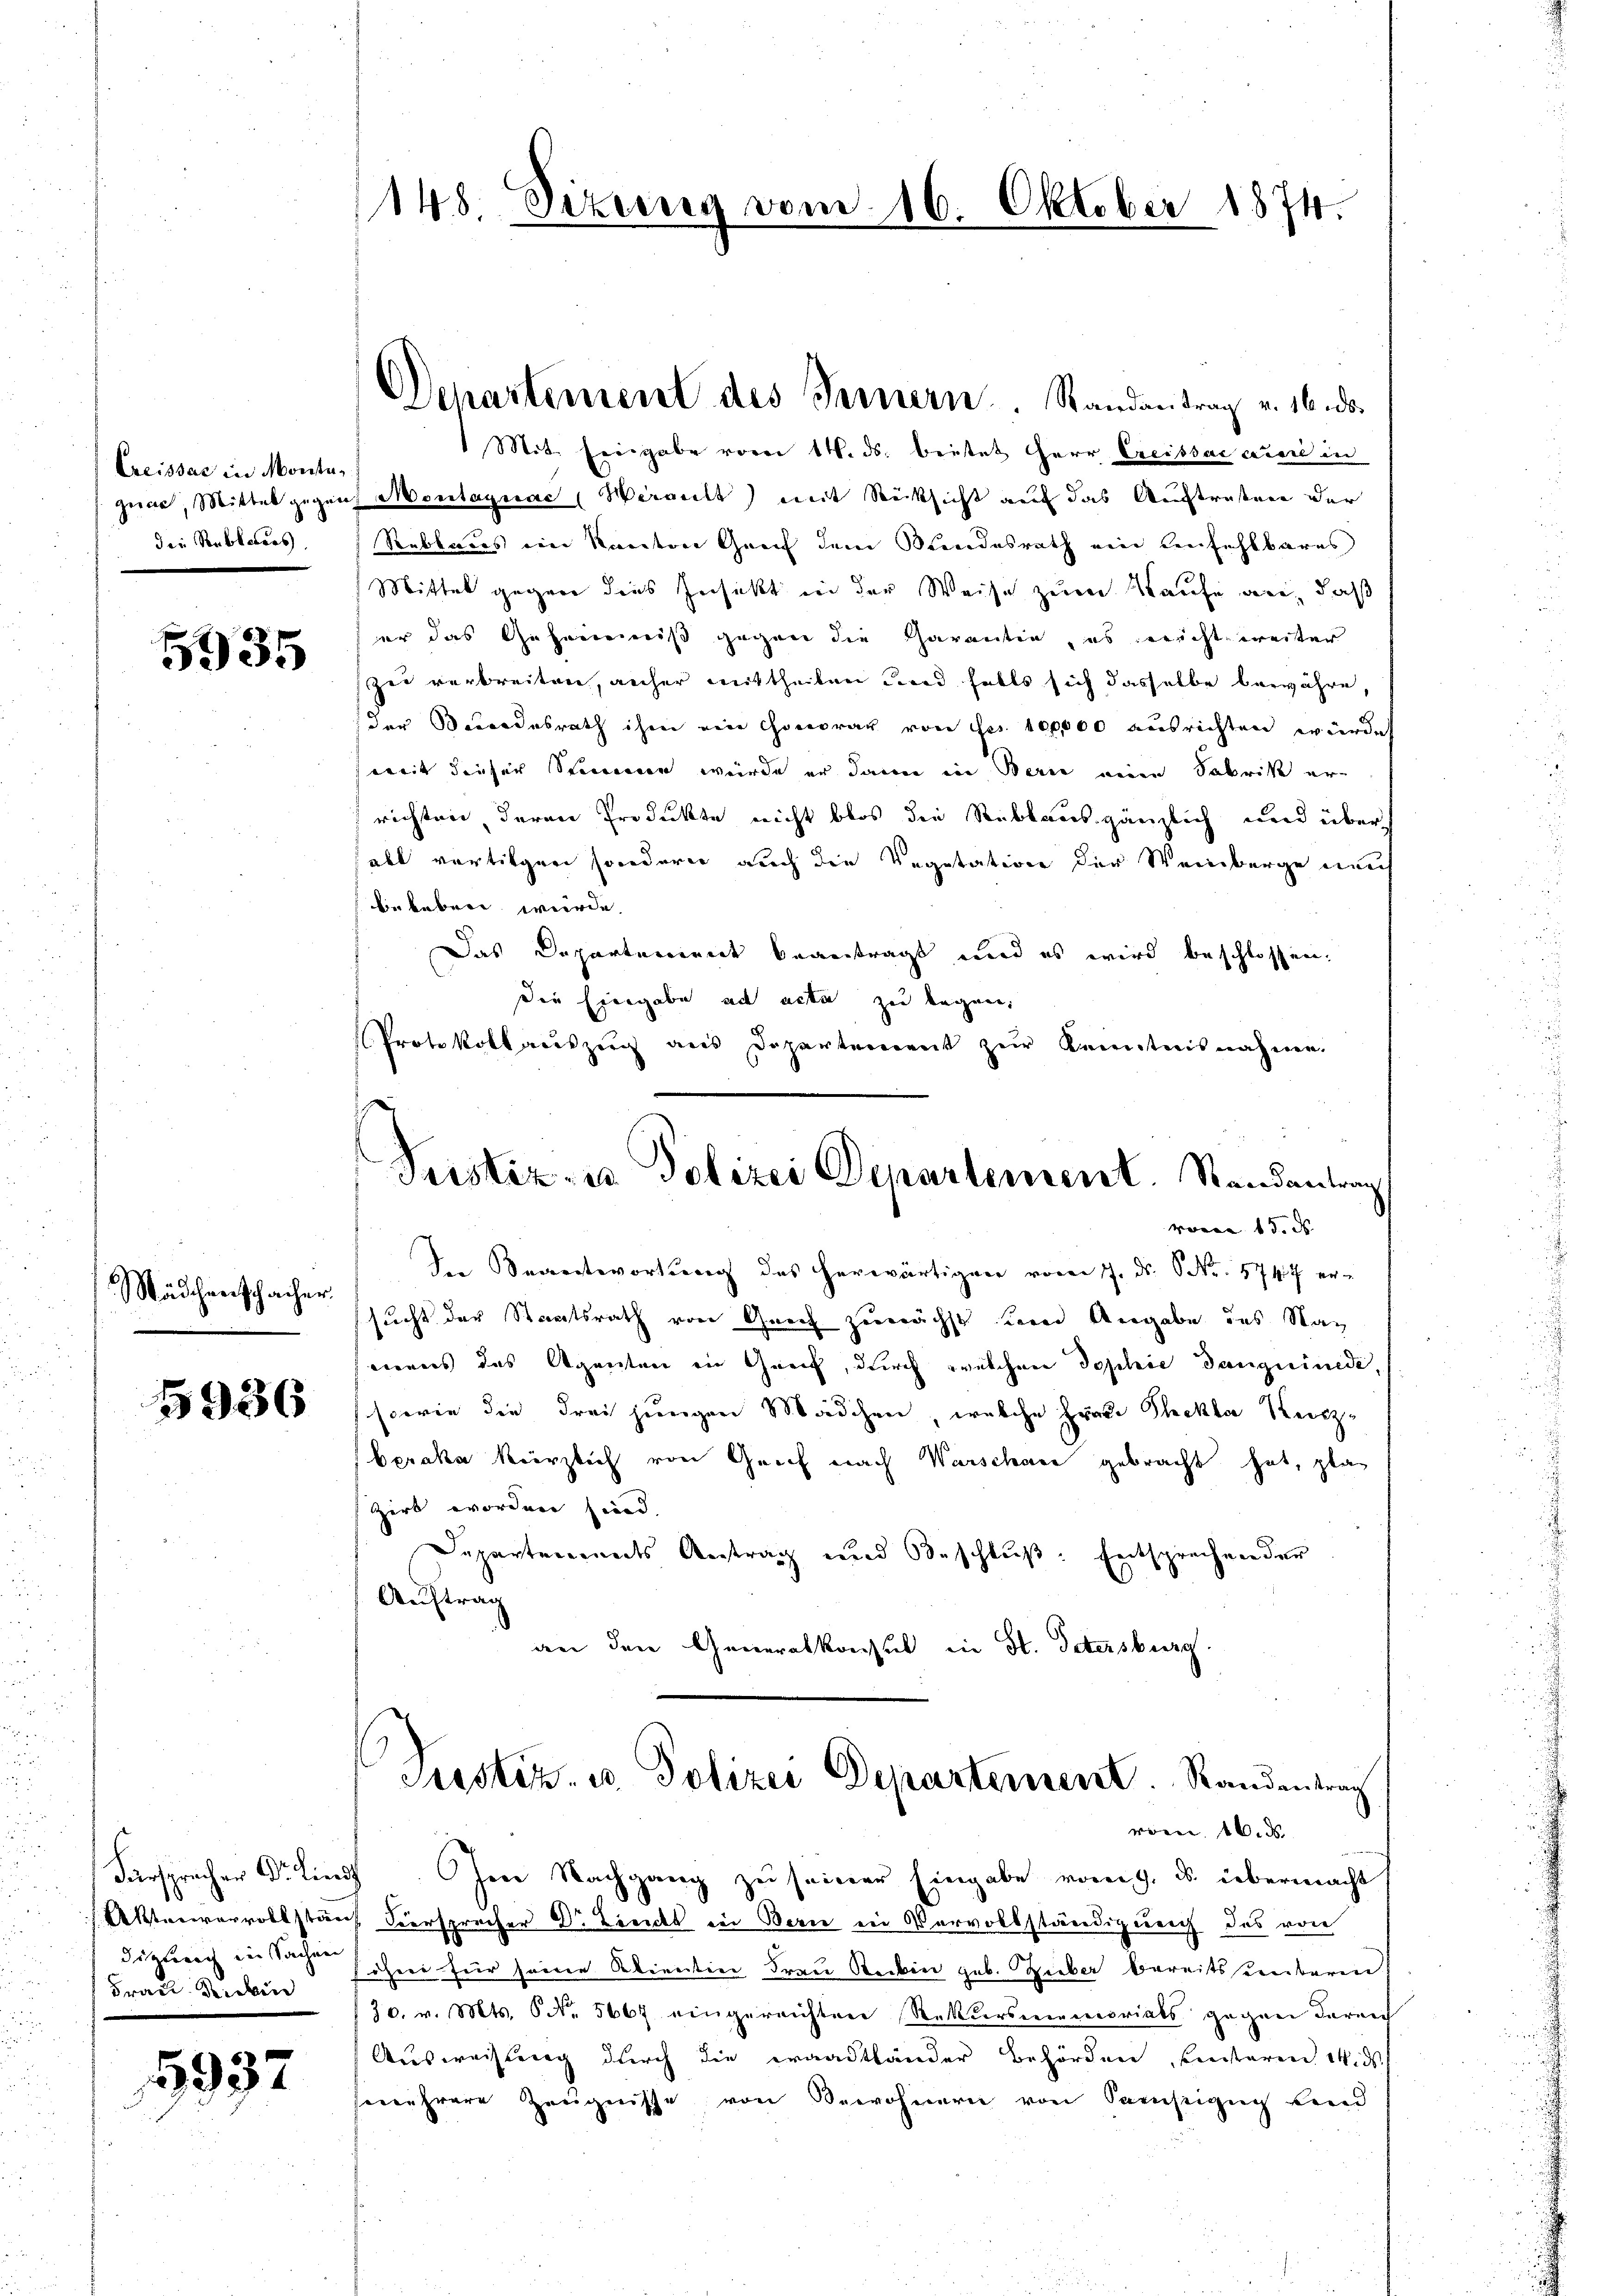
Creissar in Monta
zuar, Mittel gegen
die Reblaires.

5935

Mädchenschacher

5936

Frau Dicken

5937

148 Sizung vom 16. Oktober 1874.

Mit Eingabe vom 14. ds. beitet Herr Creissac ccere in
Montagnac (Wirantt) mit Rücksicht auf das Austraßen der
Reblaus im Kanton Graf dem Bundesrath ein Lenfehlbares
Mittel gegen dies Insekt in der Weise zum Kaufe an, daß
er das Geheimniß gegen die Garantin, es gericht weiter
zu verbreiten, aucher mittheilen und falls sich dasselbe bewähre,
der Bordesrath ihm ein Honorar von Frs. 100,000 ausrichten würde
weit dieser Stimmen würde er dann in Berie eine Fabrik errichten deren Produkte nicht blos die Reblaus gänzlich und über
abl vertilgen sondern auch die Vegetation der Weinberge nach
belebrei wurde.
Das Departement beantragt und es wird beschlossen.
Die Eingabe ad acta zu legen,
Protokollauszug aus Departement zur Kenntnisnahme.
Pustiz- u Polizei Departement. Randantrag
vovon 15. d.
In Beantwortung des herwärtigen vom 17. ds. S. 5747 ersucht der Staatsrath von Graf zunächst sein Angabe des Nach
mens des Agenten in Greif, durch welchen Sophie Danguinede,
(sowie die drei jungen Mädchen, welche Frau Thekla Keiz-
beraka kürzlich von Grief nach Warschane gebracht hat, plan
Zirt worden sind.
Departements Antrag und Beschluß: Entsprechen der
Auftrag
an den Generalkonsul in St. Petersburg

Departement des Fernern. Randantrag v. 16. ds.

Justiz- u. Polizei Departement. Randentrag
vom 16. d.

Fürspracher Dr. Lief. Im Nachgang zu seiner Eingabe vom 9. ds. übermacht
Aktenvervollstänf Versprecher Dr. Liens in Bern in Vervollständigung des von
distreich einahe sehen für seine Klientine Frau Reiben geb. Hieber bereitsstenbaren
30. v. Mts. 6 No. 5667 eingereichten Rekursmemorials gegen darauf
Ausweisung durch die eraadtländer Behörden, seiteren 1. ds.
sewehrere Zeugnisse von Bewohnern von Samstigung send